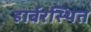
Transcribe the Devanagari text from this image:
हार्बरस्थित